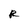
Character: R